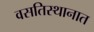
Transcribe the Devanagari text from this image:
वसतिस्थानात